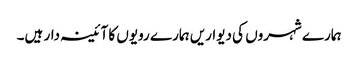
ہمارے شہروں کی دیواریں ہمارے رویوں کا آئینہ دار ہیں۔